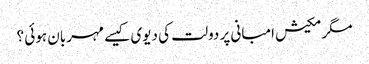
مگر مکیش امبانی پر دولت کی دیوی کیسے مہربان ہوئی ؟